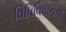
વિધિવિધાનના